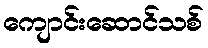
ကျောင်းဆောင်သစ်